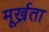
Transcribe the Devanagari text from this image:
मूर्ख्रता